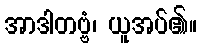
အာဒါတဗ္ဗံ၊ ယူအပ်၏။